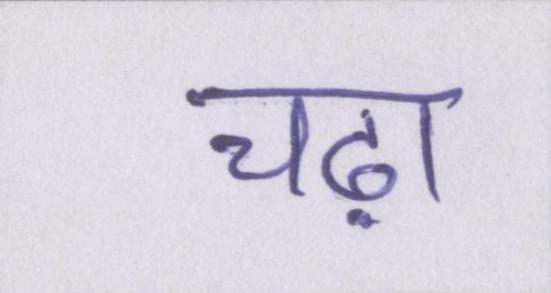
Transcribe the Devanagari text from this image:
चढ़ा